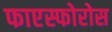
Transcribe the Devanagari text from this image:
फाएस्फोरोस